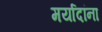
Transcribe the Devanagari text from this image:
मर्यादांना